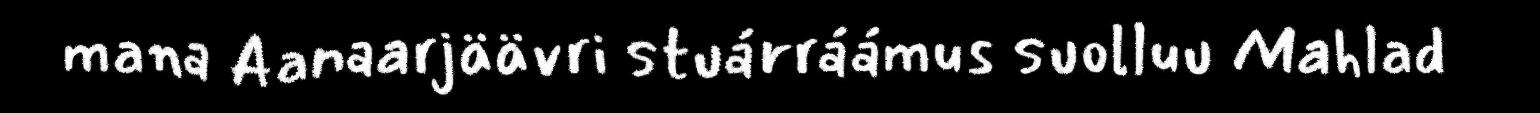
mana Aanaarjäävri stuárráámus suolluu Mahlad